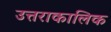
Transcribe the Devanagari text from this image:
उत्तराकालिक